Vaccine operations Central Provinces & Berar 1922-1929 - 1922-1929
Year: 1922
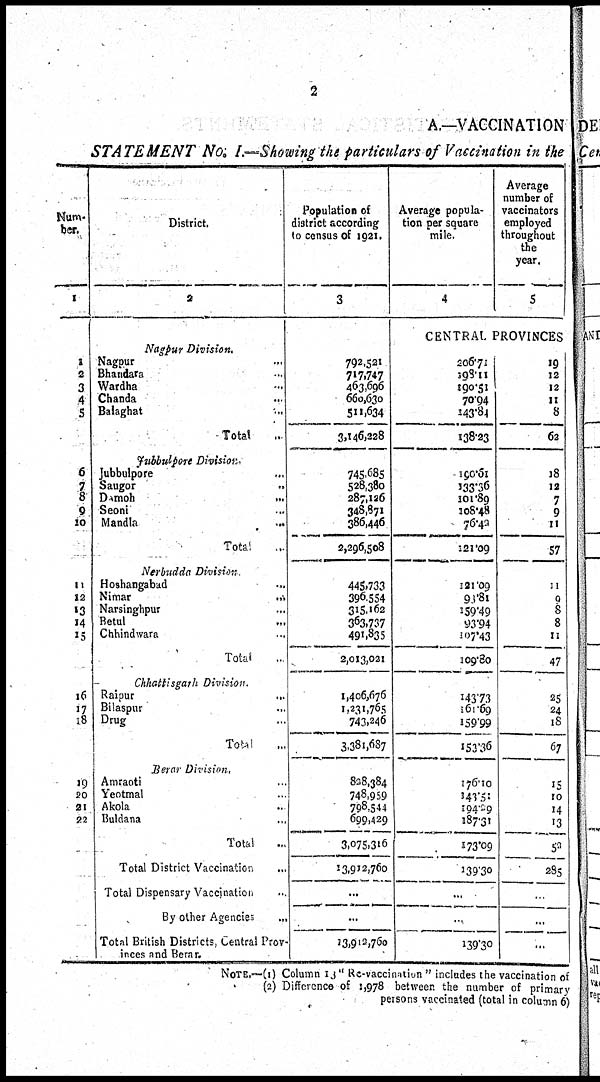
2
A.—VACCINATION
STATEMENT No. I.—Showing the particulars of Vaccination in the
Num-
ber.
1
1
2
3
4
5
6
7
8
9
10
11
12
13
14
15
16
17
18
19
20
21
22
District.
2
Nagpur
Division.
Nagpur ...
Bhandara ...
Wardha ...
Chanda ...
Balaghat ...
Total ...
Jubbulpore Division.
Jubbulpore ...
Saugor
...
Damoh
...
Seoni ...
Mandla
...
Total ...
Nerbudda
Division.
Hoshangabad ...
Nimar
...
Narsinghpur ...
Betul ...
Chhindwara ...
Total ...
Chhattisgarh
Division.
Raipur
...
Bilaspur ...
Drug ...
Total ...
Berar
Division.
Amraoti ...
Yeotmal ...
Akola ...
Buldana ...
Total ...
Total District Vaccination
...
Total Dispensary Vaccination ...
By other Agencies
...
Total British Districts, Central Prov-
inces and Berar.
Population of
district according
to census of 1921.
3
792,521
717,747
463,696
660,630
511,634
3,146,228
745,685
528,380
287,126
348,871
386,446
2,296,508
445,733
396,554
315,162
363,737
491,835
2,013,021
1,406,676
1,231,765
743,246
3,381,687
828,384
748,959
798,544
699,429
3,075,316
13,912,760
...
...
13,912,760
Average popula-
tion per square
mile.
4
Average
number of
vaccinators
employed
throughout
the
year.
5
CENTRAL PROVINCES
206.71
198.11
190.51
70.94
143.84
138.23
190.61
133.36
101.89
108.48
76.42
121.09
121.09
93.81
159.49
93.94
107.43
109.80
143.73
161.69
159.99
153.36
176.10
143.51
194.29
187.31
173.09
139.30
...
...
139.30
19
12
12
11
8
62
18
12
7
9
11
57
11
9
8
8
11
47
25
24
18
67
15
10
14
13
52
285
...
...
...
NOTE.—(1) Column 13 "Re-vaccination" includes the vaccination of
(2) Difference of 1,978 between the number of primary
persons vaccinated (total in column 6)